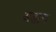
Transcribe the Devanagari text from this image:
अडाच